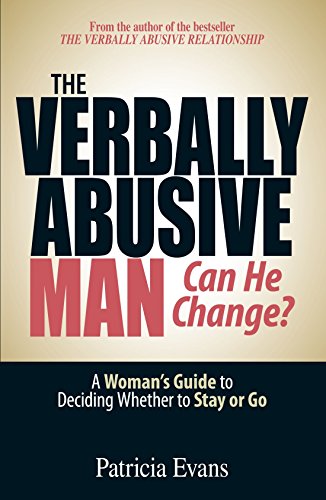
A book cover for The Verbally Abusive Man - Can He Change?: A Woman's Guide to Deciding Whether to Stay or Go; Patricia Evans; Parenting & Relationships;